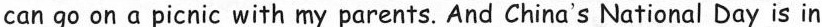
can go on apicnic with my parents. And China's National Day is in